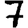
Digit: 7